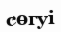
сөгуі